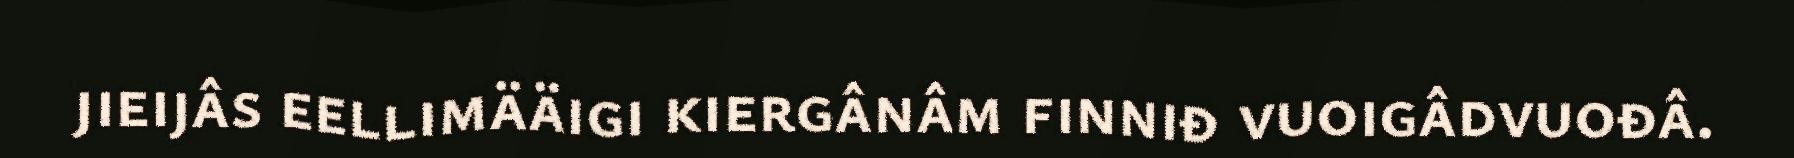
jieijâs eellimääigi kiergânâm finniđ vuoigâdvuođâ.